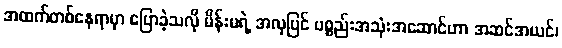
အထက်တစ်နေရာမှာ ပြောခဲ့သလို မိန်းမရဲ့ အလှပြင် ပစ္စည်းအသုံးအဆောင်ဟာ အဆင်အယင်၊